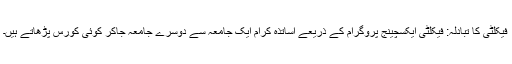
فیکلٹی کا تبادلہ: فیکلٹی ایکسچینج پروگرام کے ذریعے اساتذہ کرام ایک جامعہ سے دوسرے جامعہ جاکر کوئی کورس پڑھاتے ہیں۔